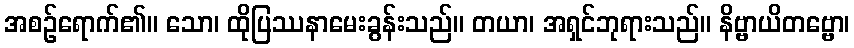
အစဉ်ရောက်၏။ သော၊ ထိုပြဿနာမေးခွန်းသည်။ တယာ၊ အရှင်ဘုရားသည်။ နိဗ္ဗာယိတဗ္ဗော၊